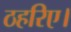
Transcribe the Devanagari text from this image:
ठहरिए।